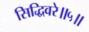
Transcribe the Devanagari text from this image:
सिद्धिवरे॥५॥